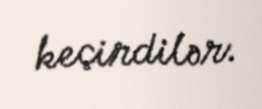
keçirdilər.